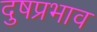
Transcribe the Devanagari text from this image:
दुषप्रभाव